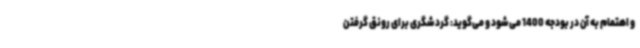
و اهتمام به آن در بودجه 1400 می‌شود و می‌گوید: گردشگری برای رونق گرفتن